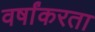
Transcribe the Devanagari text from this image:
वर्षांकरता